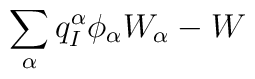
\sum_\alpha q^\alpha_I\phi_\alpha W_\alpha - W